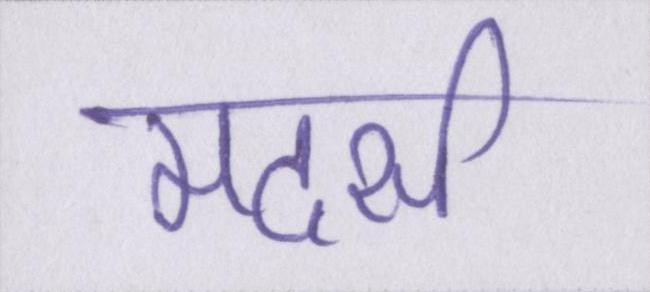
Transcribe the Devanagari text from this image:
मदर्स